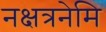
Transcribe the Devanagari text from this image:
नक्षत्रनेमि